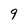
Character: 9